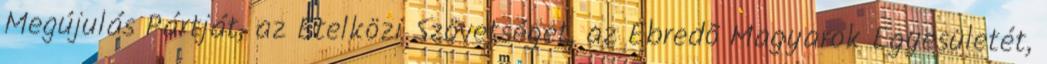
Megújulás Pártját, az Etelközi Szövetséget, az Ébredõ Magyarok Egyesületét,